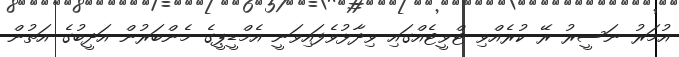
އުމަރު ނަސީރު ރޭ ކުރެއްވި ޓްވީޓެއްގައި ވިދާޅުވެފައިވަނީ އެމްޑީޕީގެ މެންބަރުން އަދީބުގެ އަތުން